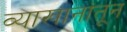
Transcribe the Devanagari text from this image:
व्याखानांतून